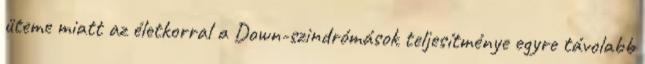
üteme miatt az életkorral a Down-szindrómások teljesítménye egyre távolabb